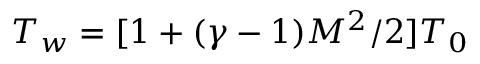
T _ { w } = [ 1 + ( \gamma - 1 ) M ^ { 2 } / 2 ] T _ { 0 }